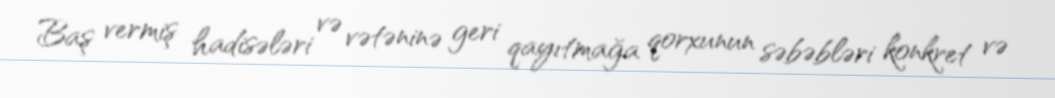
Baş vermiş hadisələri və vətəninə geri qayıtmağa qorxunun səbəbləri konkret və